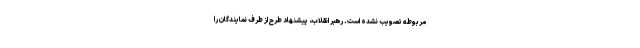
مربوطه تصویب نشده است. رهبر انقلاب، پیشنهاد طرح از طرف نمایندگان را